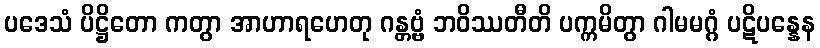
ပဒေသံ ပိဋ္ဌိတော ကတွာ အာဟာရဟေတု ဂန္တဗ္ဗံ ဘဝိဿတီတိ ပက္ကမိတွာ ဂါမမဂ္ဂံ ပဋိပန္နေန